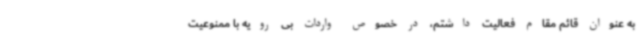
به عنوان قائم مقام فعالیت داشتم، در خصوص واردات بی رویه با ممنوعیت